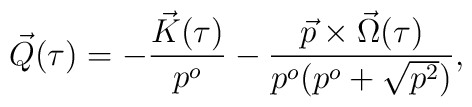
\vec{Q}(\tau)=-\frac{\vec{K}(\tau)}{p^o}-\frac{\vec{p}\times\vec{\Omega}(\tau)}{p^o(p^o+\sqrt{p^2})},